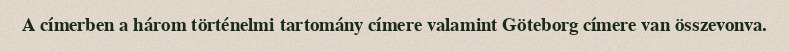
A címerben a három történelmi tartomány címere valamint Göteborg címere van összevonva.